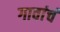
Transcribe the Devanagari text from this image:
गावांचं